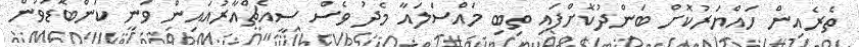
ތެރެއިން ހައްޔަރުކޮށް ބަންދުކޮށްފައި ތިބި މައްސަލައާ މެދު ވެސް ސީއެޗްއާރުއައިން ވަނީ ކަންބޮޑުވުން